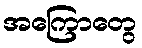
အကြောတွေ